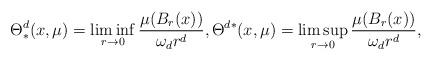
LaTeX: \begin{align*}\Theta_*^d(x,\mu)=\liminf _{r\to 0} \frac{\mu(B_r(x))}{ \omega_d r^d}, \Theta^{d*}(x,\mu)=\limsup_{r\to 0} \frac{\mu(B_r(x))}{ \omega_d r^d},\end{align*}